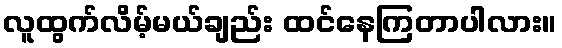
လူထွက်လိမ့်မယ်ချည်း ထင်နေကြတာပါလား။